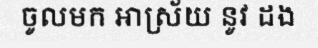
ចូលមក អាស្រ័យ នូវ ដង